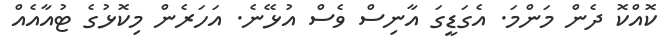
ކޮއްކޮ ދެން މަންމަ. އެގަޑީގަ އާނިސް ވެސް އުޅޭނެ. އަހަރެން މިކޮޅުގެ ޓުއާއެއް